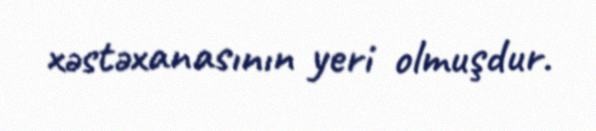
xəstəxanasının yeri olmuşdur.